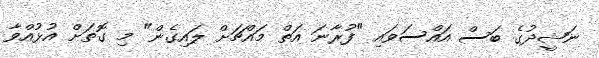
ނަޝީދުގެ ބަސް އައްސަވައި "ފުރާނަ އަތް މައްޗަށް ލައިގެން" މި ގޮތަށް އުޅުއްވާ